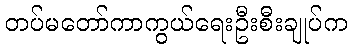
တပ်မတော်ကာကွယ်ရေးဦးစီးချုပ်က